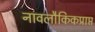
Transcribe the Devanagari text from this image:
नावलौकिकप्राप्त